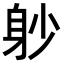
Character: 𨈘